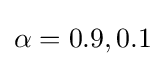
\alpha =0.9,0.1